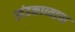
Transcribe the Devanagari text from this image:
खंडकाव्याचा